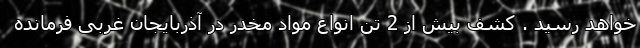
خواهد رسید . کشف بیش از 2 تن انواع مواد مخدر در آذربایجان غربی فرمانده